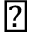
\checkmark